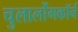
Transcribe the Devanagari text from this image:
चुलालोंगकॉर्न